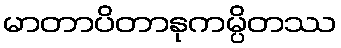
မာတာပိတာနုကမ္ပိတဿ